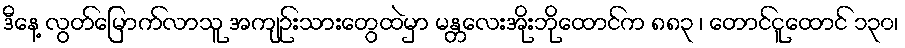
ဒီနေ့ လွတ်မြောက်လာသူ အကျဉ်းသားတွေထဲမှာ မန္တလေးအိုးဘိုထောင်က ၈၈၃ ၊ တောင်ငူထောင် ၁၃၀၊